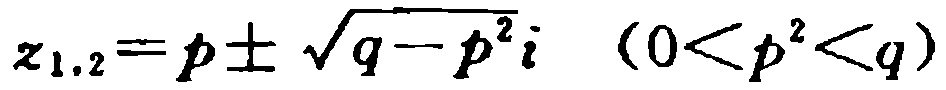
\(z_{1,2}=p\pm \sqrt{q - p^{2}}i\ \ (0 < p^{2} < q)\)